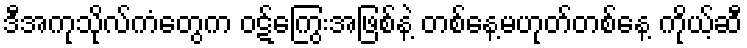
ဒီအကုသိုလ်ကံတွေက ဝဋ်ကြွေးအဖြစ်နဲ့ တစ်နေ့မဟုတ်တစ်နေ့ ကိုယ့်ဆီ